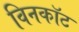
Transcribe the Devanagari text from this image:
विनकॉट